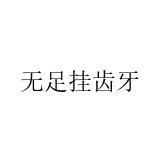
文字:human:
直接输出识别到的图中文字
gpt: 无足挂齿牙